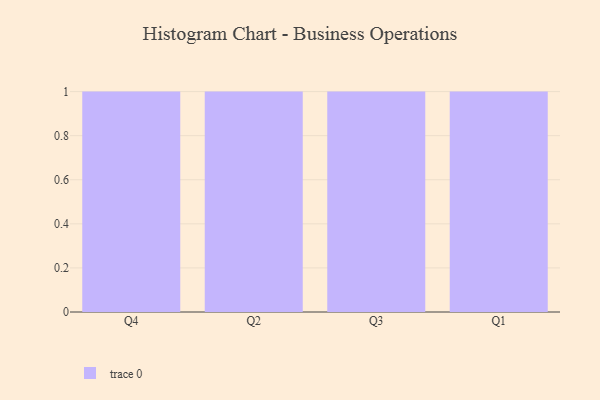
{"axis": {"x": "Quarter", "y": "Active Users"}, "legend": [""], "data": [{"x": "Q4", "y": 63, "type": ""}, {"x": "Q2", "y": 5, "type": ""}, {"x": "Q3", "y": 12, "type": ""}, {"x": "Q1", "y": 93, "type": ""}]}